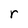
Character: r